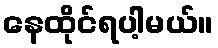
နေထိုင်ရပါ့မယ်။